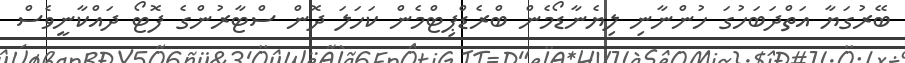
ބޭރުގަޔާ އަތްދަބަހުގަ ހުންނާނި ލިޔެނާޑޯމެން ބްރެޑްޕިޓްމެން ކަހަލަ ދޮން ސްޓާރުންގެ ފޮޓޯ ދައްކާނީވެސް